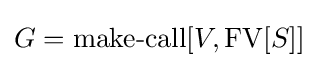
G=\operatorname {make-call} [V,\operatorname {FV} [S]]